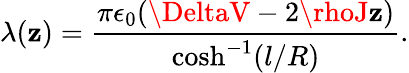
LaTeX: \lambda(\mathbf{z})=\frac{{\pi\epsilon_{0}(\DeltaV-2\rhoJ\mathbf{z})}}{{\cosh^{-1}(l/R)}}.